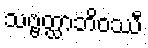
သဗ္ဗတ္ထာဘိဝဿီ